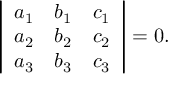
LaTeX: \left| { \begin{array} { l l l } { a _ { 1 } } & { b _ { 1 } } & { c _ { 1 } } \\ { a _ { 2 } } & { b _ { 2 } } & { c _ { 2 } } \\ { a _ { 3 } } & { b _ { 3 } } & { c _ { 3 } } \end{array} } \right| = 0 .